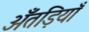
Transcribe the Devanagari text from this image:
अँतड़ियाँ